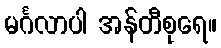
မင်္ဂလာပါ အန်တီစုရေ။